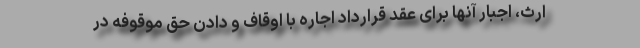
ارث، اجبار آنها برای عقد قرارداد اجاره با اوقاف و دادن حق موقوفه در